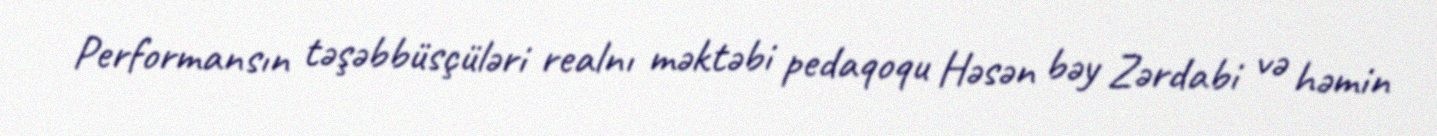
Performansın təşəbbüsçüləri realnı məktəbi pedaqoqu Həsən bəy Zərdabi və həmin